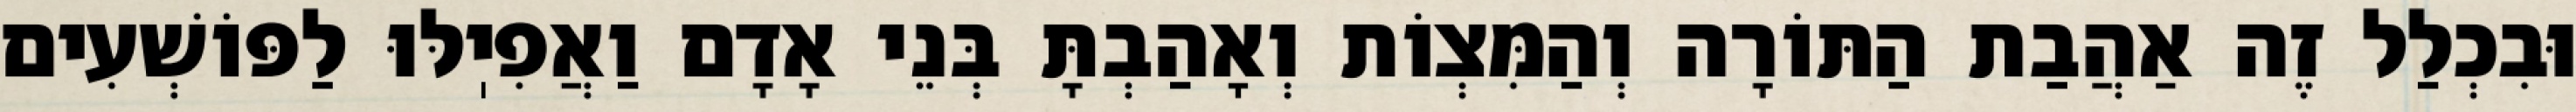
וּבִכְלַל זֶה אַהֲבַת הַתּוֹרָה וְהַמִּצְוֹת וְאָהַבְתָּ בְּנֵי אָדָם וַאֲפִיֽלּוּ לַפּוֹשְׁעִים